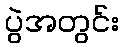
ပွဲအတွင်း